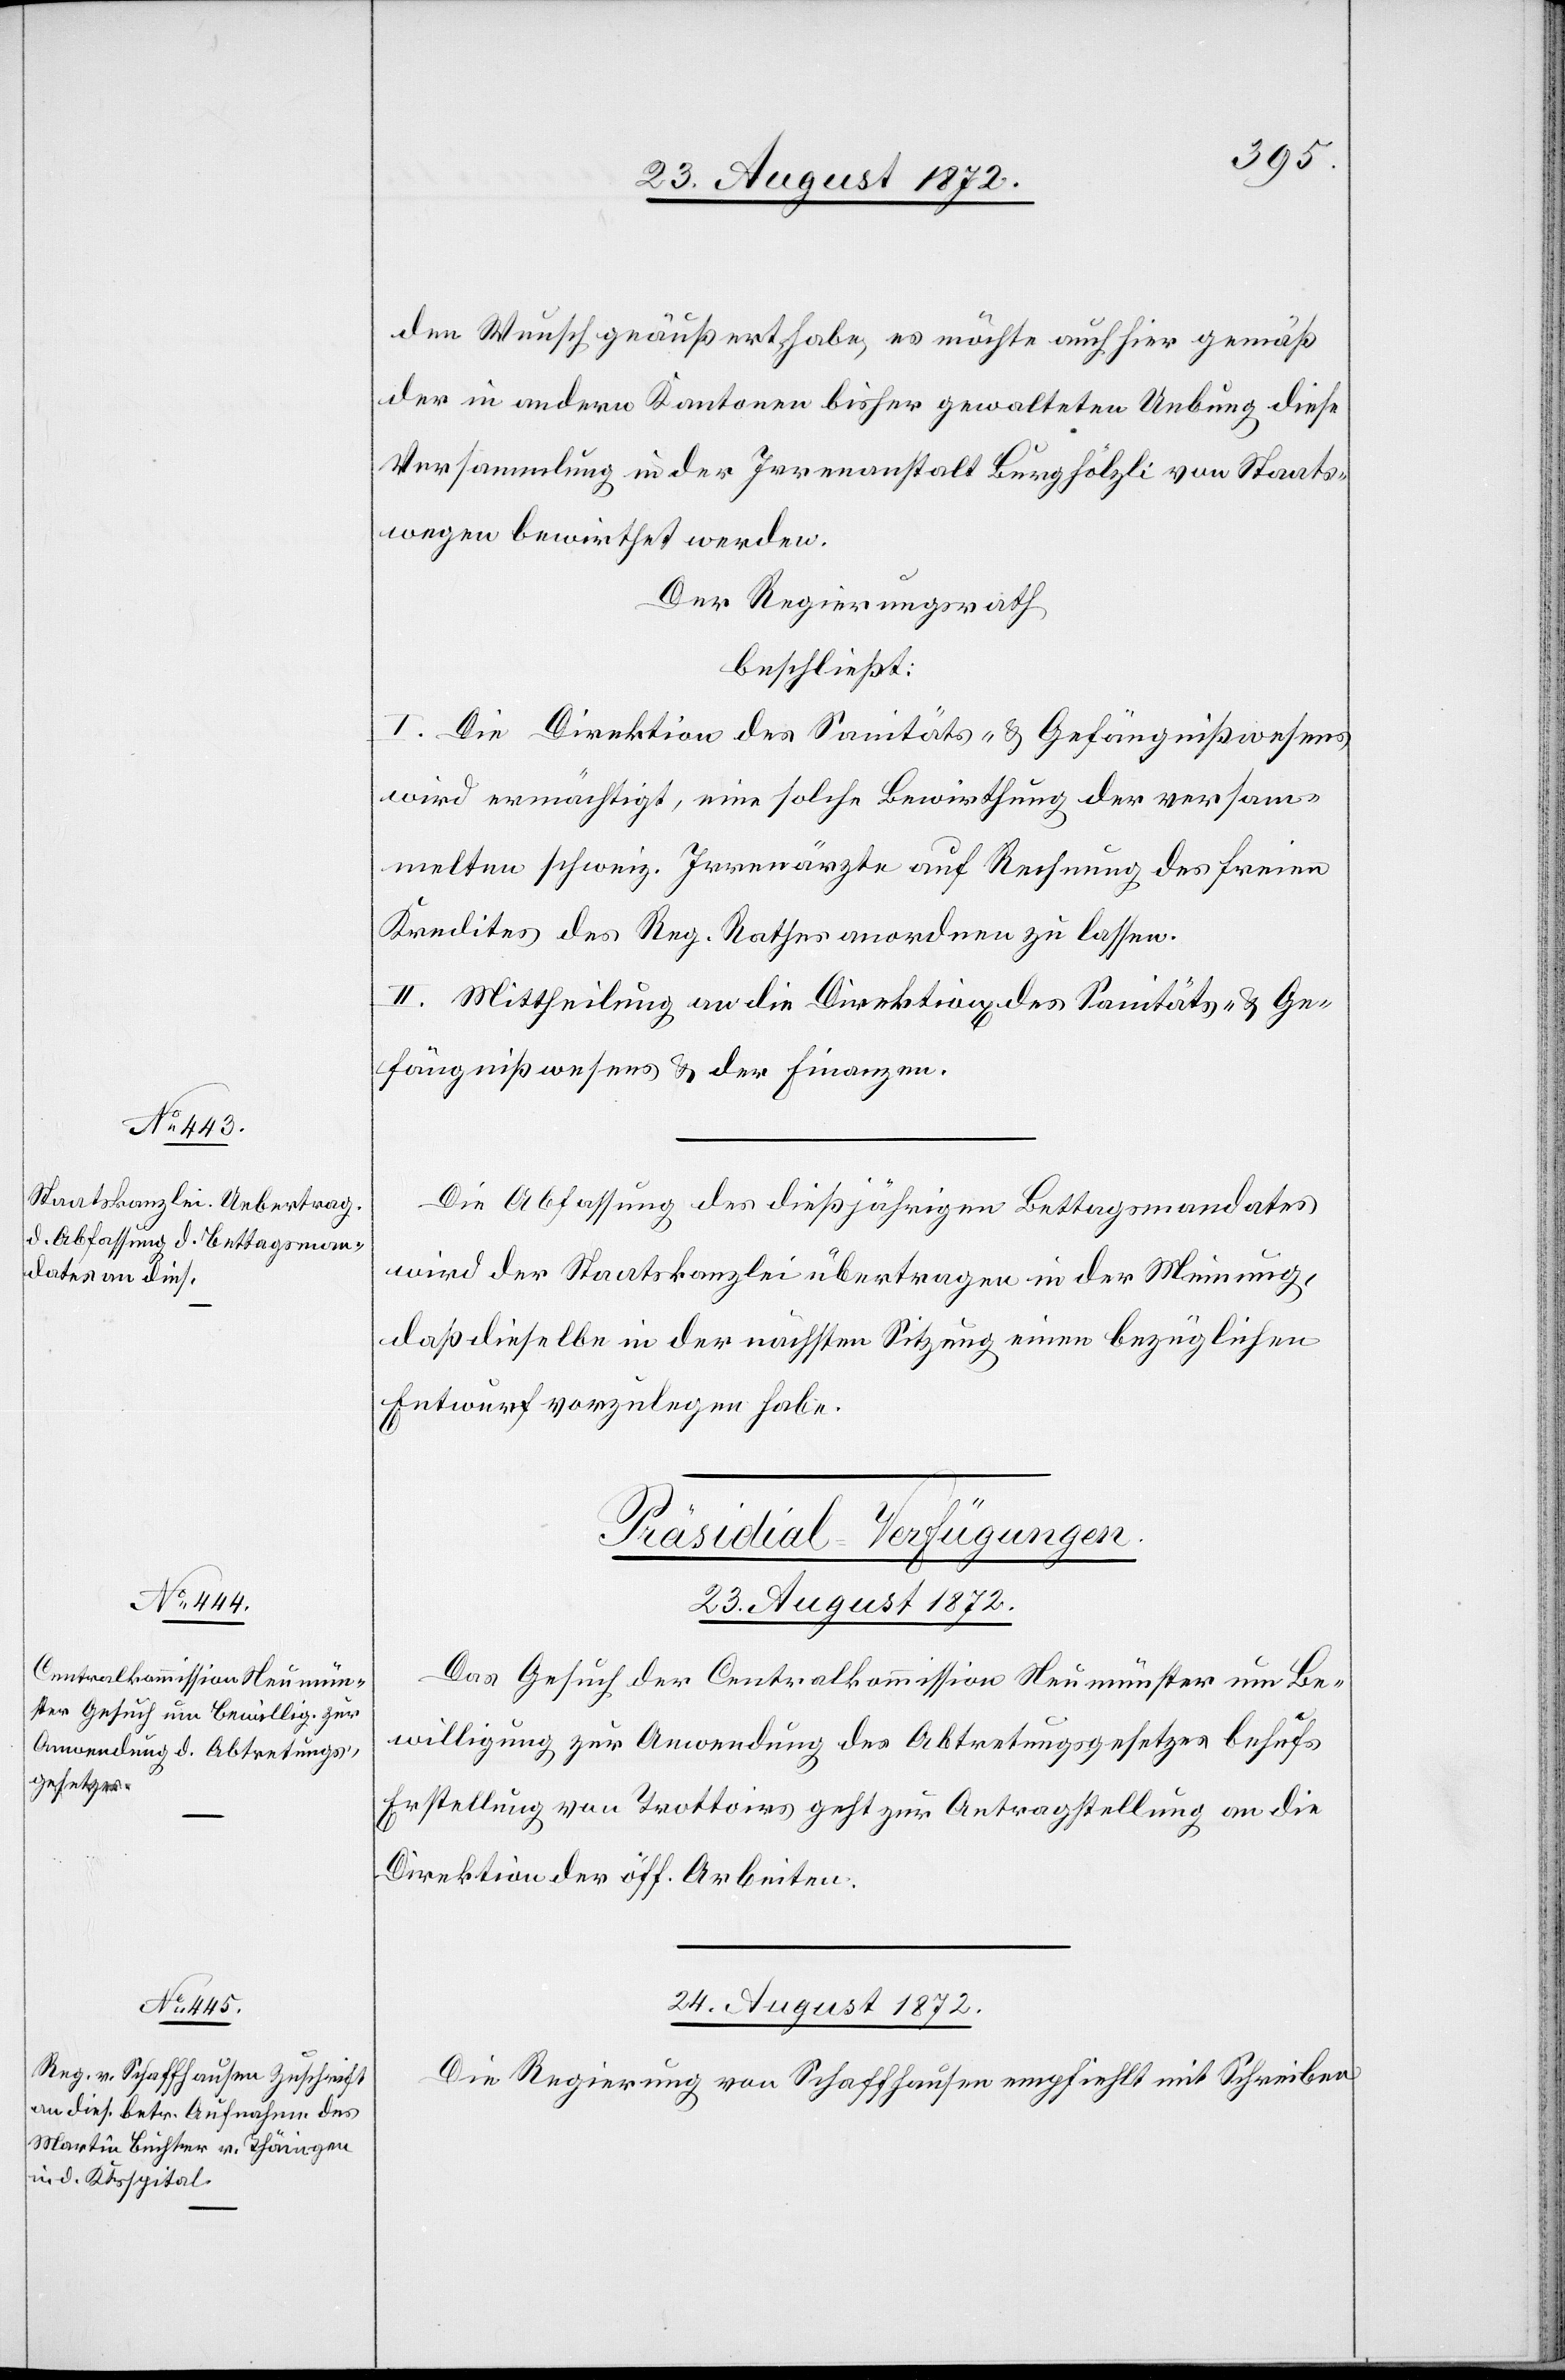
den Wunsch geäußert habe, es möchte auch hier gemäß
der in andern Kantonen bisher gewalteten Uebung diese
Versammlung in der Irrenanstalt Burghölzli von Staats¬
wegen bewirthet werden.
Der Regierungsrath
beschließt:
I. Die Direktion des Sanitäts- u. Gefängnißwesens
wird ermächtigt, eine solche Bewirthung der versam¬
melten schweiz. Irrenärzte auf Rechnung der freien
Kredites des Reg. Rathes anordnen zu lassen.
II. Mittheilung an die Direktion[en] des Sanitäts- u. Ge¬
fängnißwesens u. der Finanzen.
Die Abfassung des dießjährigen Bettagsmandates
wird der Staatskanzlei übertragen in der Meinung,
daß dieselbe in der nächsten Sitzung einen bezüglichen
Entwurf vorzulegen habe.
[Präsidial-Verfügungen.]
23. August 1872.
Das Gesuch der Centralkommission Neumünster um Be¬
willigung zur Anwendung des Abtretungsgesetzes behufs
Erstellung von Trottoirs geht zur Antragstellung an die
Direktion der öff. Arbeiten.
24. August 1872.
Die Regierung von Schaffhausen empfiehlt mit Schreiben